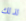
لذلك